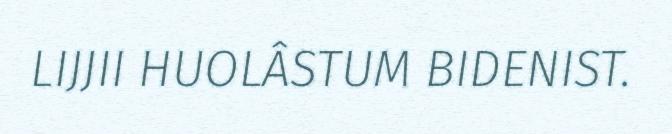
LIJJII HUOLÂSTUM BIDENIST.